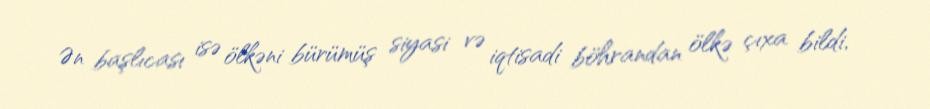
Ən başlıcası isə ölkəni bürümüş siyasi və iqtisadi böhrandan ölkə çıxa bildi,